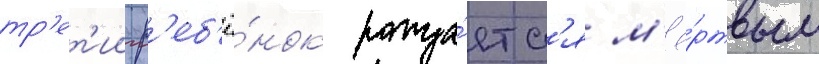
тр'ет'ии р'еб'ё́нок рожда́етс'я м'ё́ртвым